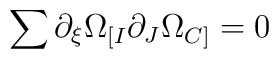
\sum{  \partial _\xi \Omega _{[I}\partial _J \Omega _{C]}} = 0